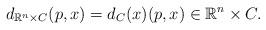
LaTeX: \begin{align*} d_{\mathbb{R}^n \times C}(p,x) = d_C(x) (p,x) \in \mathbb{R}^n \times C.\end{align*}